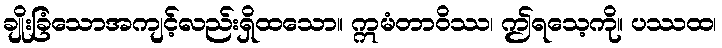
ချိုးခြံသောအကျင့်လည်းရှိထသော။ ဣမံတာဝိဿ၊ ဤရသေ့ကို။ ပဿထ၊